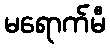
မရောက်မီ